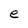
Character: e